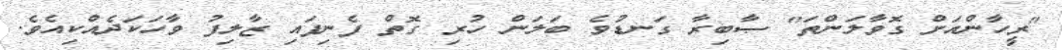
"ރީހާންއަށް ގޮވާލަންތަ" ޞާބިރާ ގަނޑުވެ ބަލަން ހުރި ގޮތް ފެނިފައި ޒާލިފު ވާހަކަދެއްކިއެވެ.